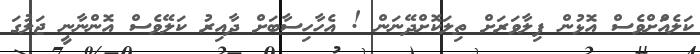
ކަލެއްަށްވެސް އޮޅުން ފިލާވަރަށް ތިލަކޮށްދޭނަން ! އެހާހިސާބަށް ދާއިރު ކަލޭވެސް އޮންނާނީ ޖަލުގަ